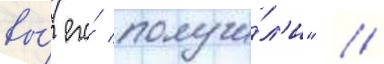
вы́ его́ получи́л'и" //